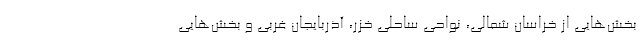
بخش‌هایی از خراسان شمالی، نواحی ساحلی خزر، آذربایجان غربی و بخش‌هایی